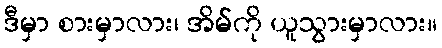
ဒီမှာ စားမှာလား၊ အိမ်ကို ယူသွားမှာလား။